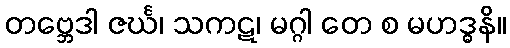
တဗ္ဘေဒါ ဇင်္ဃ၊ သကဋ၊ မဂ္ဂါ တေ စ မဟဒ္ဓနိ။